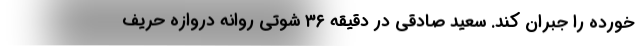
خورده را جبران کند. سعید صادقی در دقیقه ۳۶ شوتی روانه دروازه حریف